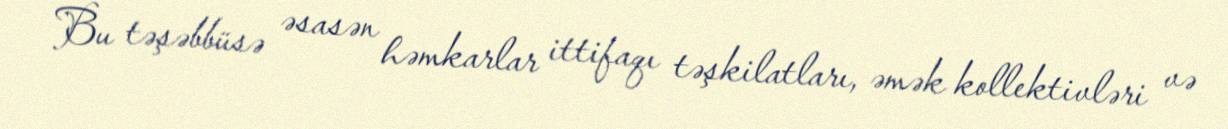
Bu təşəbbüsə əsasən həmkarlar ittifaqı təşkilatları, əmək kollektivləri və